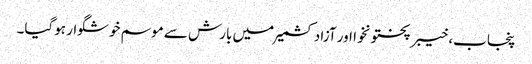
پنجاب، خیبرپختونخوا اور آزادکشمیر میں بارش سے موسم خوشگوار ہوگیا۔